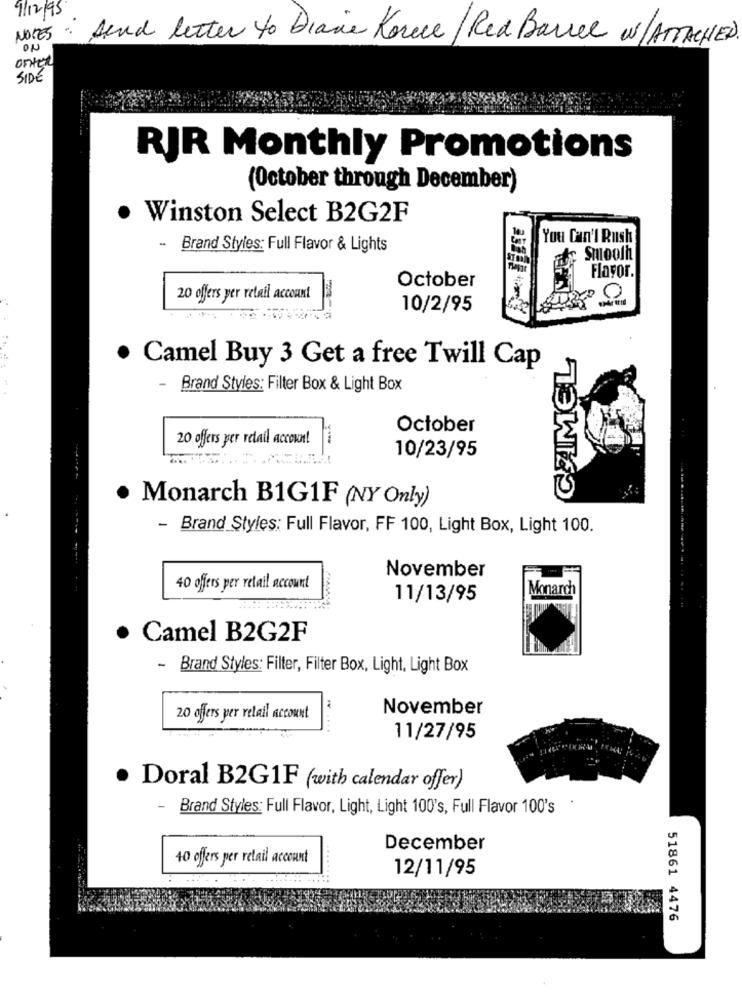
9/12/95
NOTES
send letter to Dianie Konce/ Red Barrel w/ATTACHED
ON
ontex
SIDE
RJR Monthly Promotions
(October through December)
. Winston Select B2G2F
You Can't Rush
-
Brand Styles: Full Flavor & Lights
Smooth
Flavor.
October
20 offers per retail account
0
10/2/95
CHIMEL
. Camel Buy 3 Get a free Twill Cap
Brand Styles: Filter Box & Light Box
October
20 offers per retail accoun!
10/23/95
·
Monarch B1G1F (NY Only)
- Brand Styles: Full Flavor, FF 100, Light Box, Light 100.
November
40 offers per retail account
Monarch
11/13/95
· Camel B2G2F
-
Brand Styles: Filter, Filter Box, Light, Light Box
November
20 offers per retail account
11/27/95
· Doral B2G1F (with calendar offer)
-
Brand Styles: Full Flavor, Light, Light 100's, Full Flavor 100's
December
40 ofers per retail account
12/11/95
51861 4476